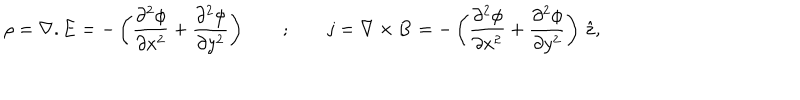
\rho = { \bf \nabla } . { \bf E } = - \left( { \frac { \partial ^ { 2 } \phi } { \partial x ^ { 2 } } } + { \frac { \partial ^ { 2 } \phi } { \partial y ^ { 2 } } } \right) \qquad ; \qquad { \bf j } = { \bf \nabla } \times { \bf B } = - \left( { \frac { \partial ^ { 2 } \phi } { \partial x ^ { 2 } } } + { \frac { \partial ^ { 2 } \phi } { \partial y ^ { 2 } } } \right) \, { \hat { \bf z } } ,